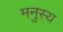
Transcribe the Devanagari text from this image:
मनुस्य